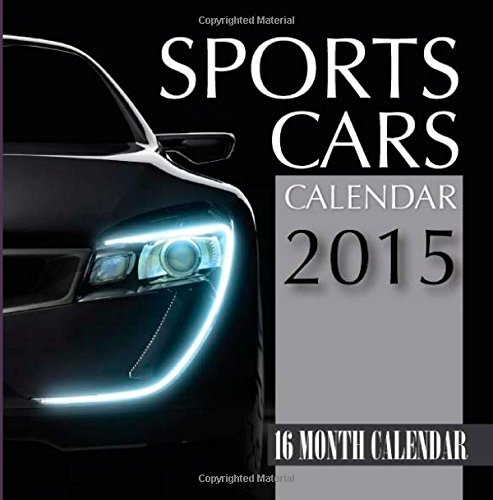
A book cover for Sports Cars Calendar 2015: 16 Month Calendar; James Bates; Calendars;